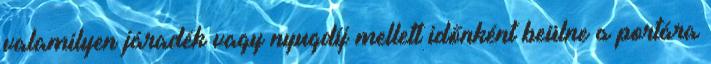
valamilyen járadék vagy nyugdíj mellett időnként beülne a portára